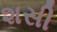
શસી